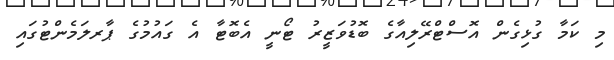
މި ކަމާ ގުޅިގެން އޮސްޓްރޭލިއާގެ ބޮޑުވަޒީރު ޓޯނީ އެބޮޓާ އެ ގައުމުގެ ޕާރލަމެންޓުގައި